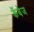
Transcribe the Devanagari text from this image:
कॅबेज